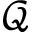
\mathcal { Q }